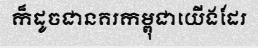
ក៏ដូចជានគរកម្ពុជាយើងដែរ